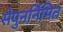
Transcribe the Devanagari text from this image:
सेपुनर्निमित